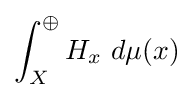
\int _{X}^{\oplus }H_{x}\ d\mu (x)